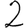
Digit: 2